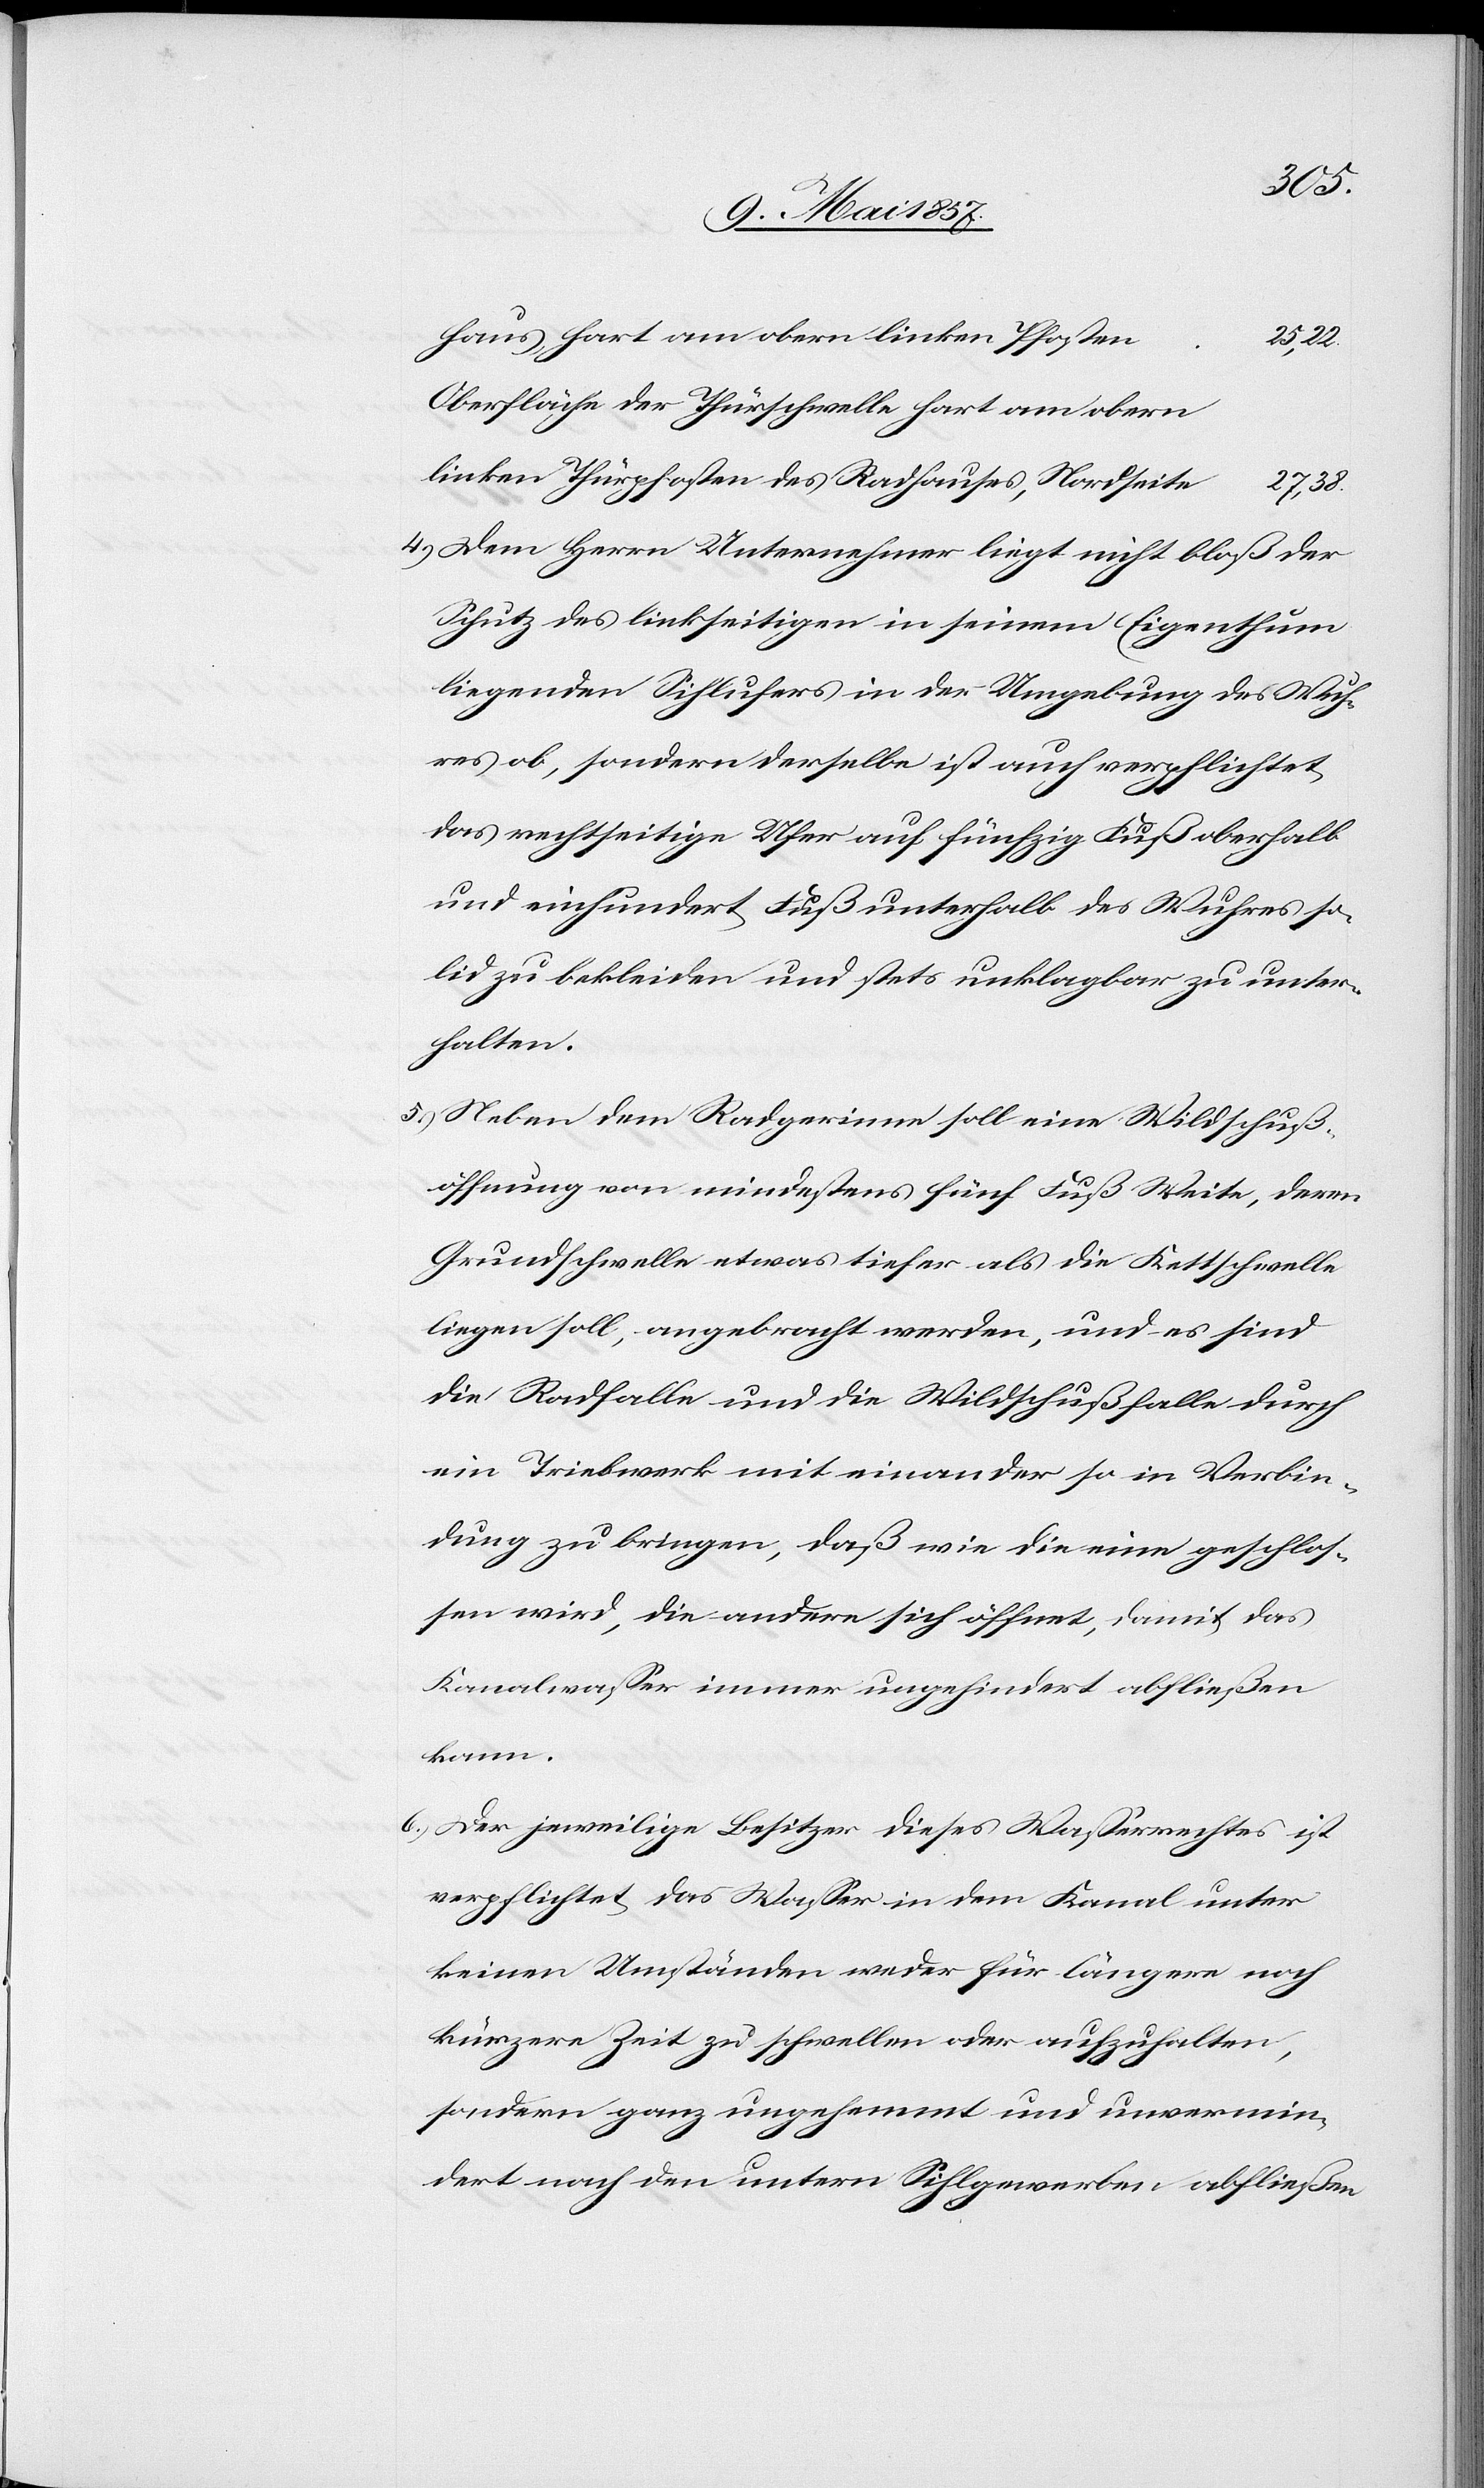
obern
Oberfläche der Thürschwelle hart am obern
4.) Dem Herrn Unternehmer liegt nicht bloß der
Schutz des linkseitigen in seinem Eigenthum
liegenden Sihlufers in der Umgebung des Wuh¬
res ob, sondern dasselbe ist auch verpflichtet
das rechtseitige Ufer auf fünfzig Fuß oberhalb
und einhundert Fuß unterhalb des Wuhres so¬
lid zu bekleiden und stets unklagbar zu unter¬
halten.
5.) Neben dem Radgerinne soll eine Wildschuß¬
öffnung von mindestens fünf Fuß Weite, deren
Grundschwelle etwas tiefer als die Kettschwelle
liegen soll, angebracht werden, und es sind
die Radfalle und die Wildschußfalle durch
ein Triebwerk mit einander so in Verbin¬
dung zu bringen, daß wie die eine geschlos¬
sen wird, die andere sich öffnet, damit das
Kanalwasser immer ungehindert abfließen
kann.
6.) Der jeweilige Besitzer dieses Wasserrechtes ist
verpflichtet das Wasser in dem Kanal unter
keinen Umständen weder für längere noch
kürzere Zeit zu schwellen oder aufzuhalten,
sondern ganz ungehemmt und unvermin¬
dert nach den untern Sihlgewerben abfließen